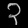
Digit: ၃